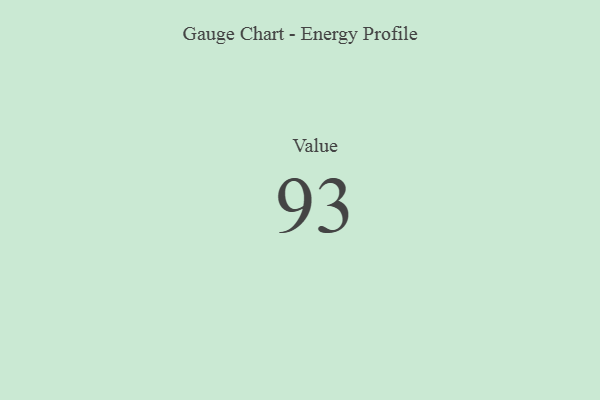
{"axis": {"x": "Metric", "y": "Value"}, "legend": [""], "data": [{"x": "Value", "y": 93, "type": ""}]}